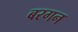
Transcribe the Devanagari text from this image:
बरगन